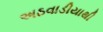
અઠવાડીયાથી